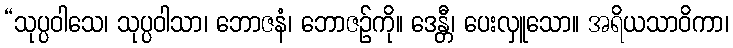
“သုပ္ပဝါသေ၊ သုပ္ပဝါသာ၊ ဘောဇနံ၊ ဘောဇဉ်ကို။ ဒေန္တီ၊ ပေးလှူသော။ အရိယသာဝိကာ၊